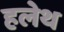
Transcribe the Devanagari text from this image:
हलेथ